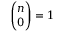
{ \binom { n } { 0 } } = 1